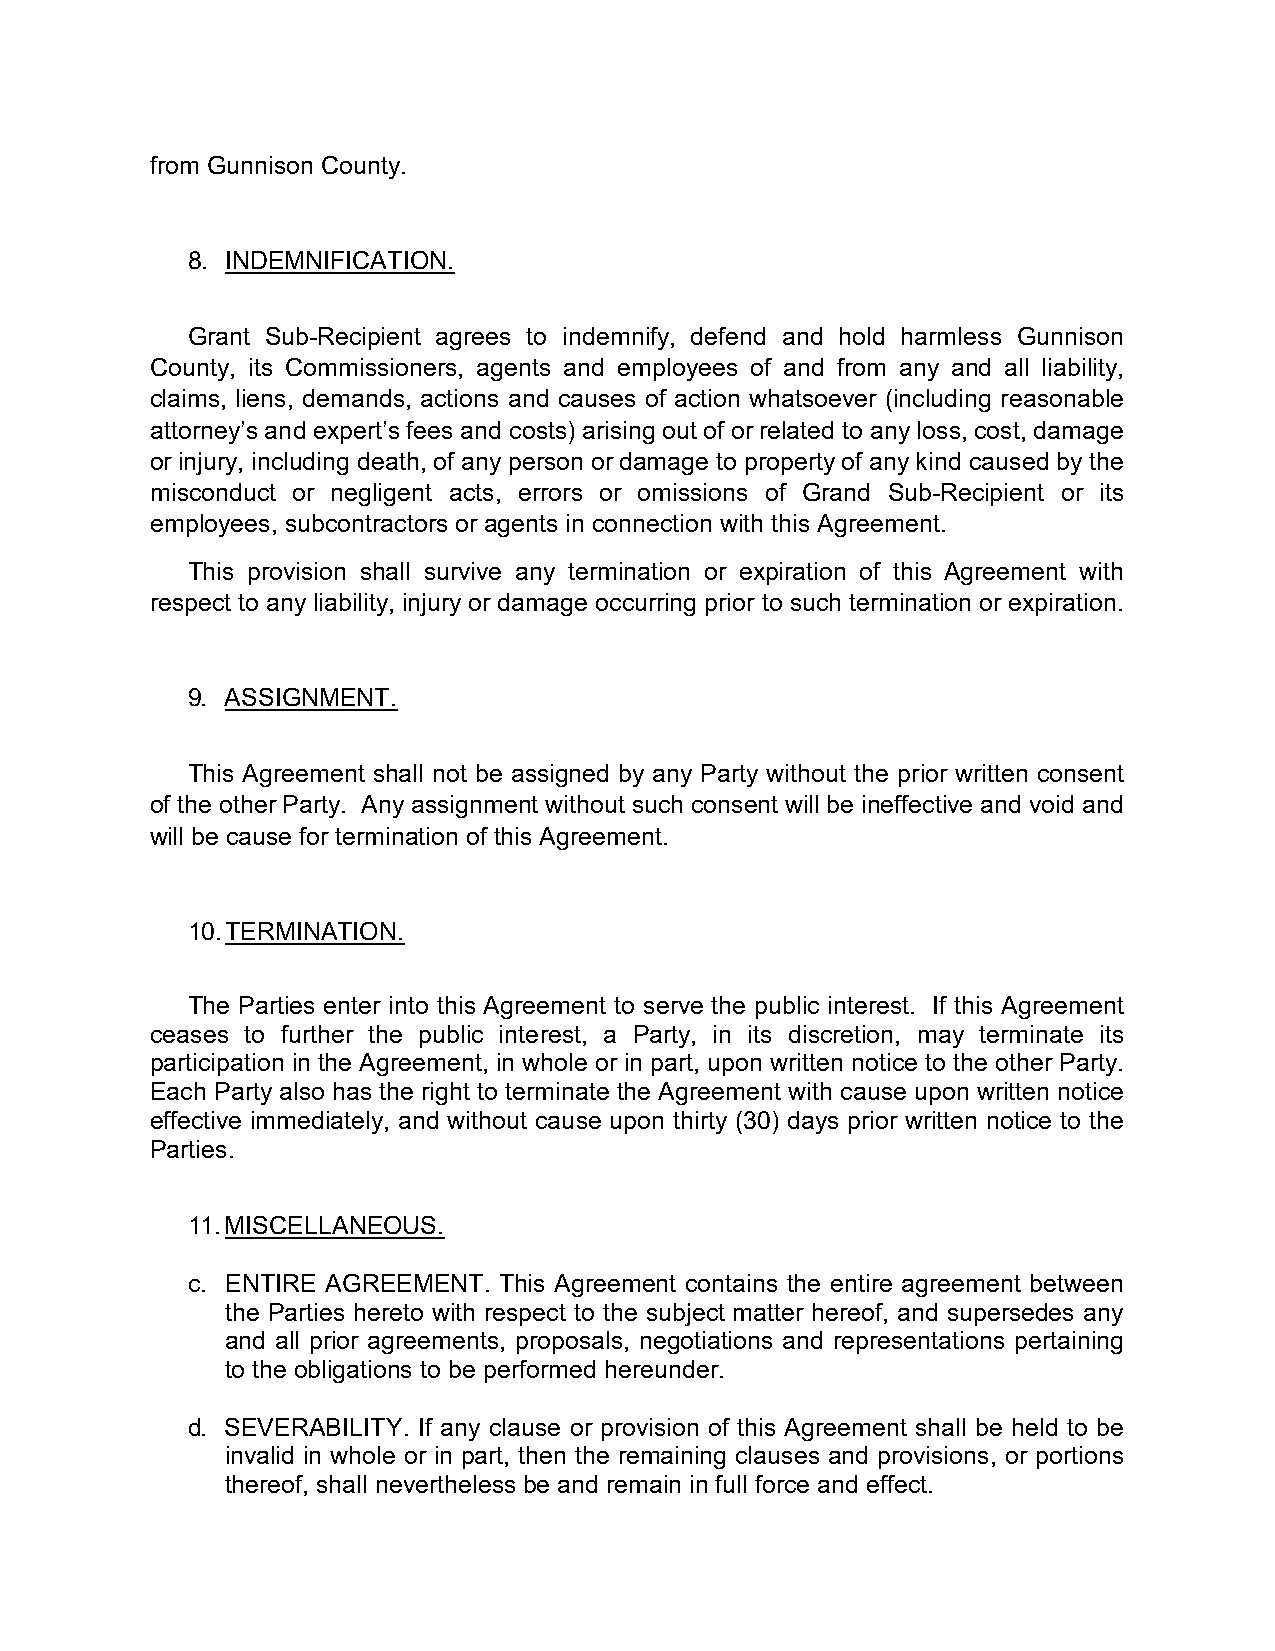
from Gunnison County.
 8. INDEMNIFICATION.
 Grant Sub-Recipient agrees to indemnify, defend and hold harmless Gunnison
 County, its Commissioners, agents and employees of and from any and all liability,
 claims, liens, demands, actions and causes of action whatsoever (including reasonable
 attorney’s and expert’s fees and costs) arising out of or related to any loss, cost, damage
 or injury, including death, of any person or damage to property of any kind caused by the
 misconduct or negligent acts, errors or omissions of Grand Sub-Recipient or its
 employees, subcontractors or agents in connection with this Agreement.
 This provision shall survive any termination or expiration of this Agreement with
 respect to any liability, injury or damage occurring prior to such termination or expiration.
 9. ASSIGNMENT.
 This Agreement shall not be assigned by any Party without the prior written consent
 of the other Party. Any assignment without such consent will be ineffective and void and
 will be cause for termination of this Agreement.
 10. TERMINATION.
 The Parties enter into this Agreement to serve the public interest. If this Agreement
 ceases to further the public interest, a Party, in its discretion, may terminate its
 participation in the Agreement, in whole or in part, upon written notice to the other Party.
 Each Party also has the right to terminate the Agreement with cause upon written notice
 effective immediately, and without cause upon thirty (30) days prior written notice to the
 Parties.
 11. MISCELLANEOUS.
 c. ENTIRE AGREEMENT. This Agreement contains the entire agreement between
 the Parties hereto with respect to the subject matter hereof, and supersedes any
 and all prior agreements, proposals, negotiations and representations pertaining
 to the obligations to be performed hereunder.
 d. SEVERABILITY. If any clause or provision of this Agreement shall be held to be
 invalid in whole or in part, then the remaining clauses and provisions, or portions
 thereof, shall nevertheless be and remain in full force and effect.